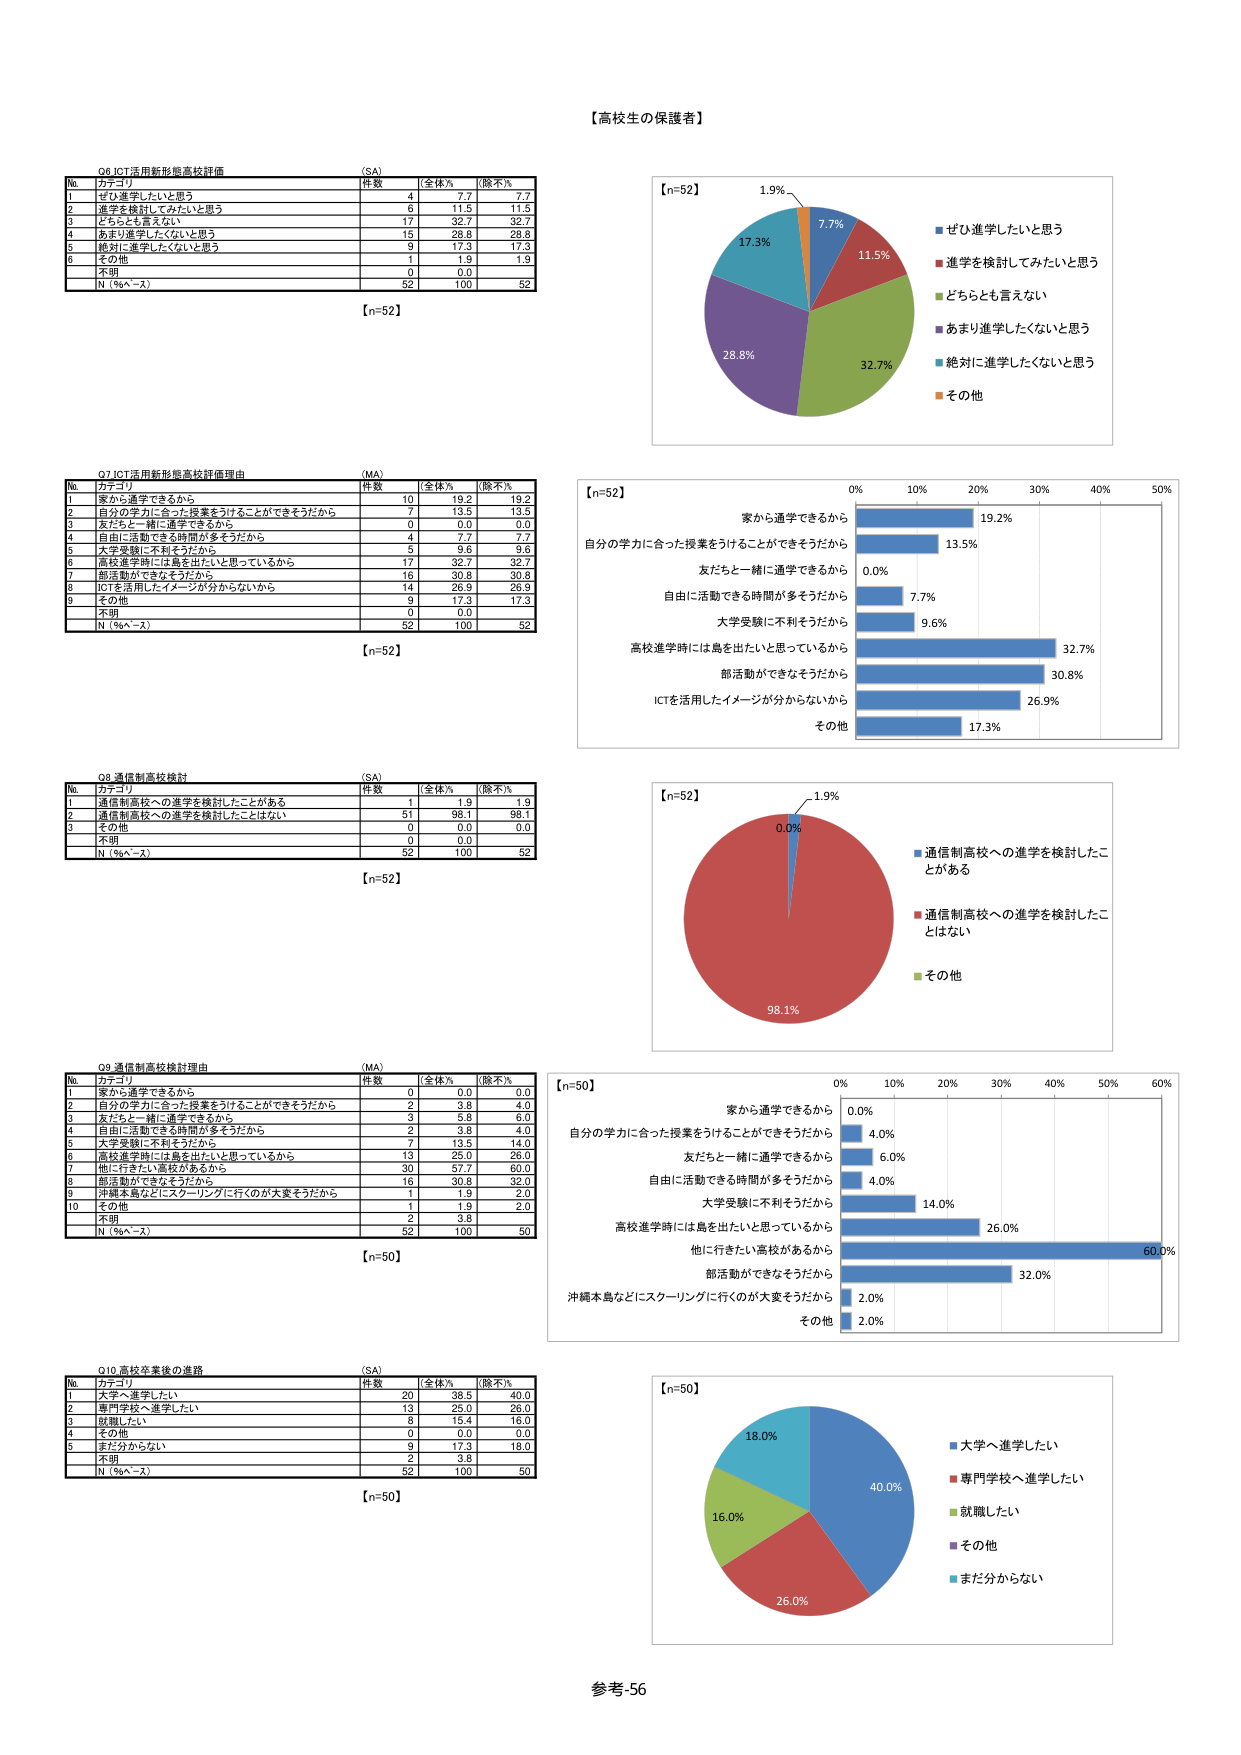
【高校生の保護者】

Q6 ICT活用新形態高校評価 (SA)
№ カテゴリ 件数 全体% 除不%
1 ぜひ進学したいと思う 4 7.7 7.7
2 進学を検討してみたいと思う 6 11.5 11.5
3 どちらとも言えない 17 32.7 32.7
4 あまり進学したくないと思う 15 28.8 28.8
5 絶対に進学したくないと思う 9 17.3 17.3
6 その他 1 1.9 1.9
不明 0 0.0
N（%n-欠） 52 100 52
【n=52】

Q7 ICT活用新形態高校評価理由 (MA)
№ カテゴリ 件数 全体% 除不%
1 家から通学できるから 10 19.2 19.2
2 自分の学力に合った授業をうけることができるそうだから 7 13.5 13.5
3 友だちと一緒に通学できるから 0 0.0 0.0
4 自由に活動できる時間が多そうだから 4 7.7 7.7
5 大学受験に不利そうだから 5 9.6 9.6
6 高校進学時には島を出たいと思っているから 17 32.7 32.7
7 部活動ができなそうだから 16 30.8 30.8
8 ICTを活用したイメージが分からないから 14 26.9 26.9
9 その他 9 17.3 17.3
不明 0 0.0
N（%n-欠） 52 100 52
【n=52】

Q8 通信制高校検討 (SA)
№ カテゴリ 件数 全体% 除不%
1 通信制高校への進学を検討したことがある 1 1.9 1.9
2 通信制高校への進学を検討したことはない 51 98.1 98.1
3 その他 0 0.0 0.0
不明 0 0.0
N（%n-欠） 52 100 52
【n=52】

Q9 通信制高校検討理由 (MA)
№ カテゴリ 件数 全体% 除不%
1 家から通学できるから 0 0.0 0.0
2 自分の学力に合った授業をうけることができるそうだから 2 3.8 4.0
3 友だちと一緒に通学できるから 3 5.8 6.0
4 自由に活動できる時間が多そうだから 2 3.8 4.0
5 大学受験に不利そうだから 7 13.5 14.0
6 高校進学時には島を出たいと思っているから 13 25.0 26.0
7 他に行きたい高校があるから 30 57.7 60.0
8 部活動ができなそうだから 16 30.8 32.0
9 沖縄本島などにスクーリングに行くのが大変そうだから 1 1.9 2.0
10 その他 1 1.9 2.0
不明 2 3.8
N（%n-欠） 52 100 50
【n=50】

Q10 高校卒業後の進路 (SA)
№ カテゴリ 件数 全体% 除不%
1 大学へ進学したい 20 38.5 40.0
2 専門学校へ進学したい 13 25.0 26.0
3 就職したい 8 15.4 16.0
4 その他 0 0.0 0.0
5 まだ分からない 9 17.3 18.0
不明 2 3.8
N（%n-欠） 52 100 50
【n=50】

【n=52】
1.9%
7.7%
11.5%
32.7%
28.8%
17.3%
■ ぜひ進学したいと思う
■ 進学を検討してみたいと思う
■ どちらとも言えない
■ あまり進学したくないと思う
■ 絶対に進学したくないと思う
■ その他

【n=52】
0% 10% 20% 30% 40% 50%
家から通学できるから 19.2%
自分の学力に合った授業をうけることができるそうだから 13.5%
友だちと一緒に通学できるから 0.0%
自由に活動できる時間が多そうだから 7.7%
大学受験に不利そうだから 9.6%
高校進学時には島を出たいと思っているから 32.7%
部活動ができなそうだから 30.8%
ICTを活用したイメージが分からないから 26.9%
その他 17.3%

【n=52】
1.9%
0.0%
98.1%
■ 通信制高校への進学を検討したことがある
■ 通信制高校への進学を検討したことはない
■ その他

【n=50】
0% 10% 20% 30% 40% 50% 60%
家から通学できるから 0.0%
自分の学力に合った授業をうけることができるそうだから 4.0%
友だちと一緒に通学できるから 6.0%
自由に活動できる時間が多そうだから 4.0%
大学受験に不利そうだから 14.0%
高校進学時には島を出たいと思っているから 26.0%
他に行きたい高校があるから 60.0%
部活動ができなそうだから 32.0%
沖縄本島などにスクーリングに行くのが大変そうだから 2.0%
その他 2.0%

【n=50】
40.0%
26.0%
16.0%
18.0%
■ 大学へ進学したい
■ 専門学校へ進学したい
■ 就職したい
■ その他
■ まだ分からない

参考-56